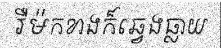
រឺម៉កខាងក៏ឆ្វេងធ្លាយ